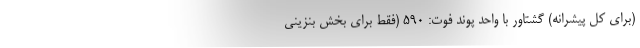
(برای کل پیشرانه) گشتاور با واحد پوند فوت: 590 (فقط برای بخش بنزینی